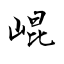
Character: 崐